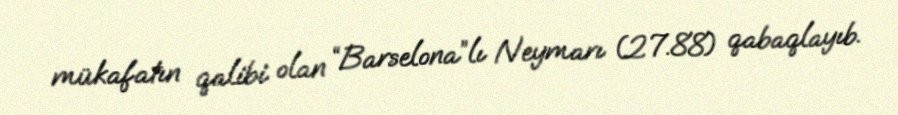
mükafatın qalibi olan “Barselona”lı Neymarı (27.88) qabaqlayıb.